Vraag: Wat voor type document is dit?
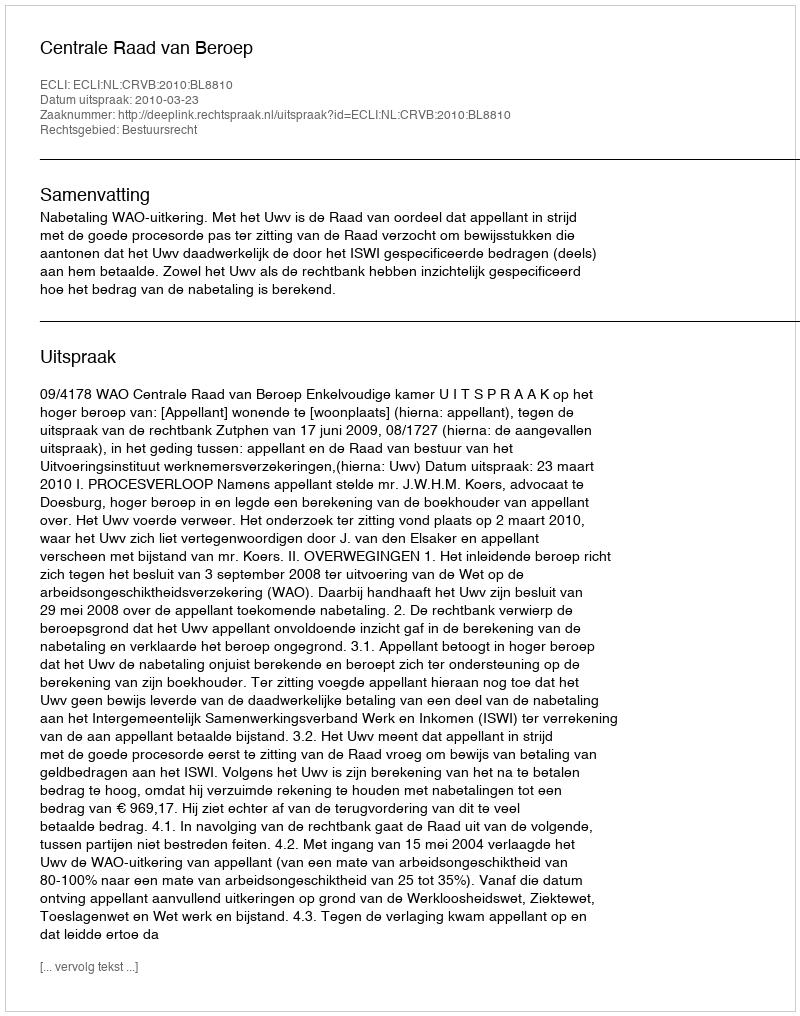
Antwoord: Uitspraak